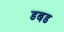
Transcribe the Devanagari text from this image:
डबड